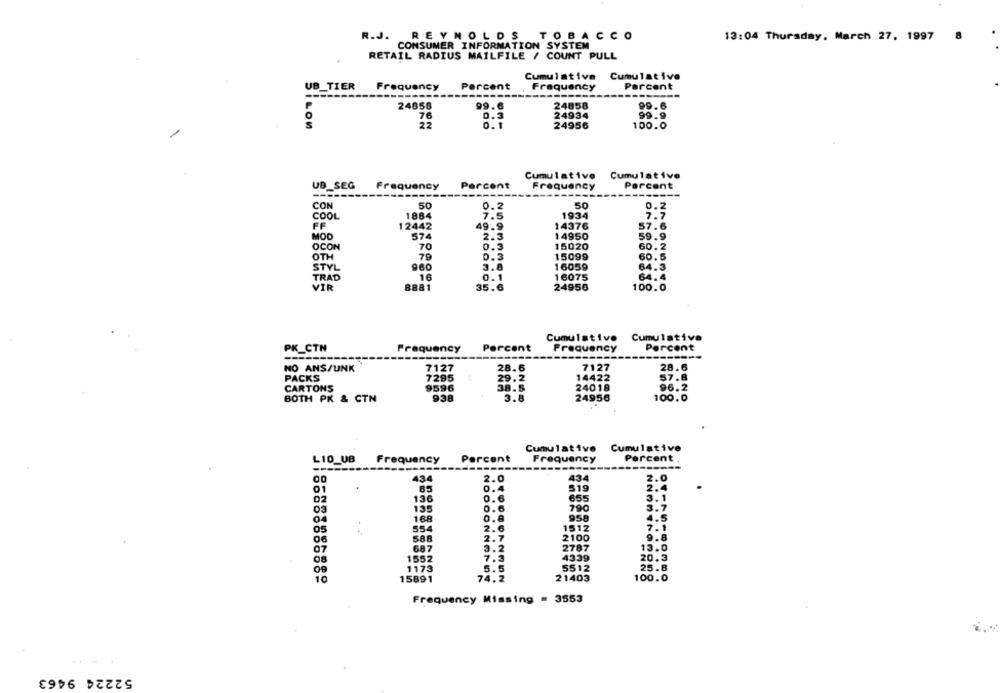
R.J.
REYNOLDS TOBACCO
13:04 Thursday, March 27, 1997
CONSUMER INFORMATION SYSTEM
RETAIL RADIUS MAILFILE / COUNT PULL
Cumulative Cumulative
UB_TIER
Frequency
Percent
Frequency
Parcent
99.6
24858
24858
99.6
76
0.3
24934
99.9
BILOW
22
0.1
24956
100.0
Cumulative
Cumulative
UB_SEG
Frequency
Percent
Frequency
Percent
-----
-----
------
CON
50
0.2
0.2
COOL
1884
7.5
1934
7.7
FF
12442
49.9
14376
57.6
MOD
574
2.3
14950
59.9
OCON
70
0.3
15020
60.2
OTH
79
0.3
15099
60.5
STYL
960
3.8
16059
64.3
TRAD
16
0.1
16075
64.4
VIR
8881
35.6
24956
100.0
Cumulative
Cumulative
Percent
Frequency
Percent
PK_CTN
Frequency
NO ANS/UNK
28.6
7127
28.6
7127
PACKS
7295
29.2
14422
57.8
CARTONS
9596
38.5
24018
96.2
BOTH PK & CTN
938
3.8
24956
100.0
Cumulative
Cumulative
Percent
Frequency
Percent
LIO_UB
Frequency
-----
00
434
2.0
434
7.0
01
85
0.4
519
2.4
02
136
0.6
655
3.1
03
135
0.6
790
3.7
04
168
0.8
958
4.5
554
2.6
1512
7.1
05
06
588
2.7
2100
9.8
07
687
3.2
2787
13.0
1552
7.3
4339
20.3
1173
5.5
5512
25.8
10
15891
74.2
21403
100.0
Frequency Missing = 3553
52224 9463